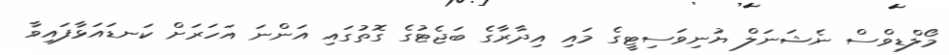
މޯލްޑިވްސް ނެޝަނަލް ޔުނިވަސިޓީގެ މައި އިދާރާގެ ބަޖެޓުގެ ގޮތުގައި އަންނަ އަހަރަށް ކަނޑައަޅާފައިވާ